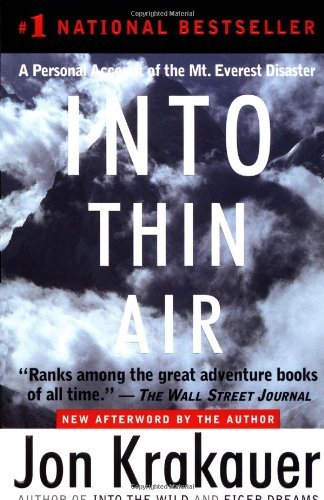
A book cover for Into Thin Air By Jon Krakauser (a Personal Account of the Mt. Everest Disaster); Jon Krakauer; Literature & Fiction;